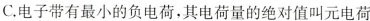
C.电子带有最小的负电荷，其电荷量的绝对值叫元电荷